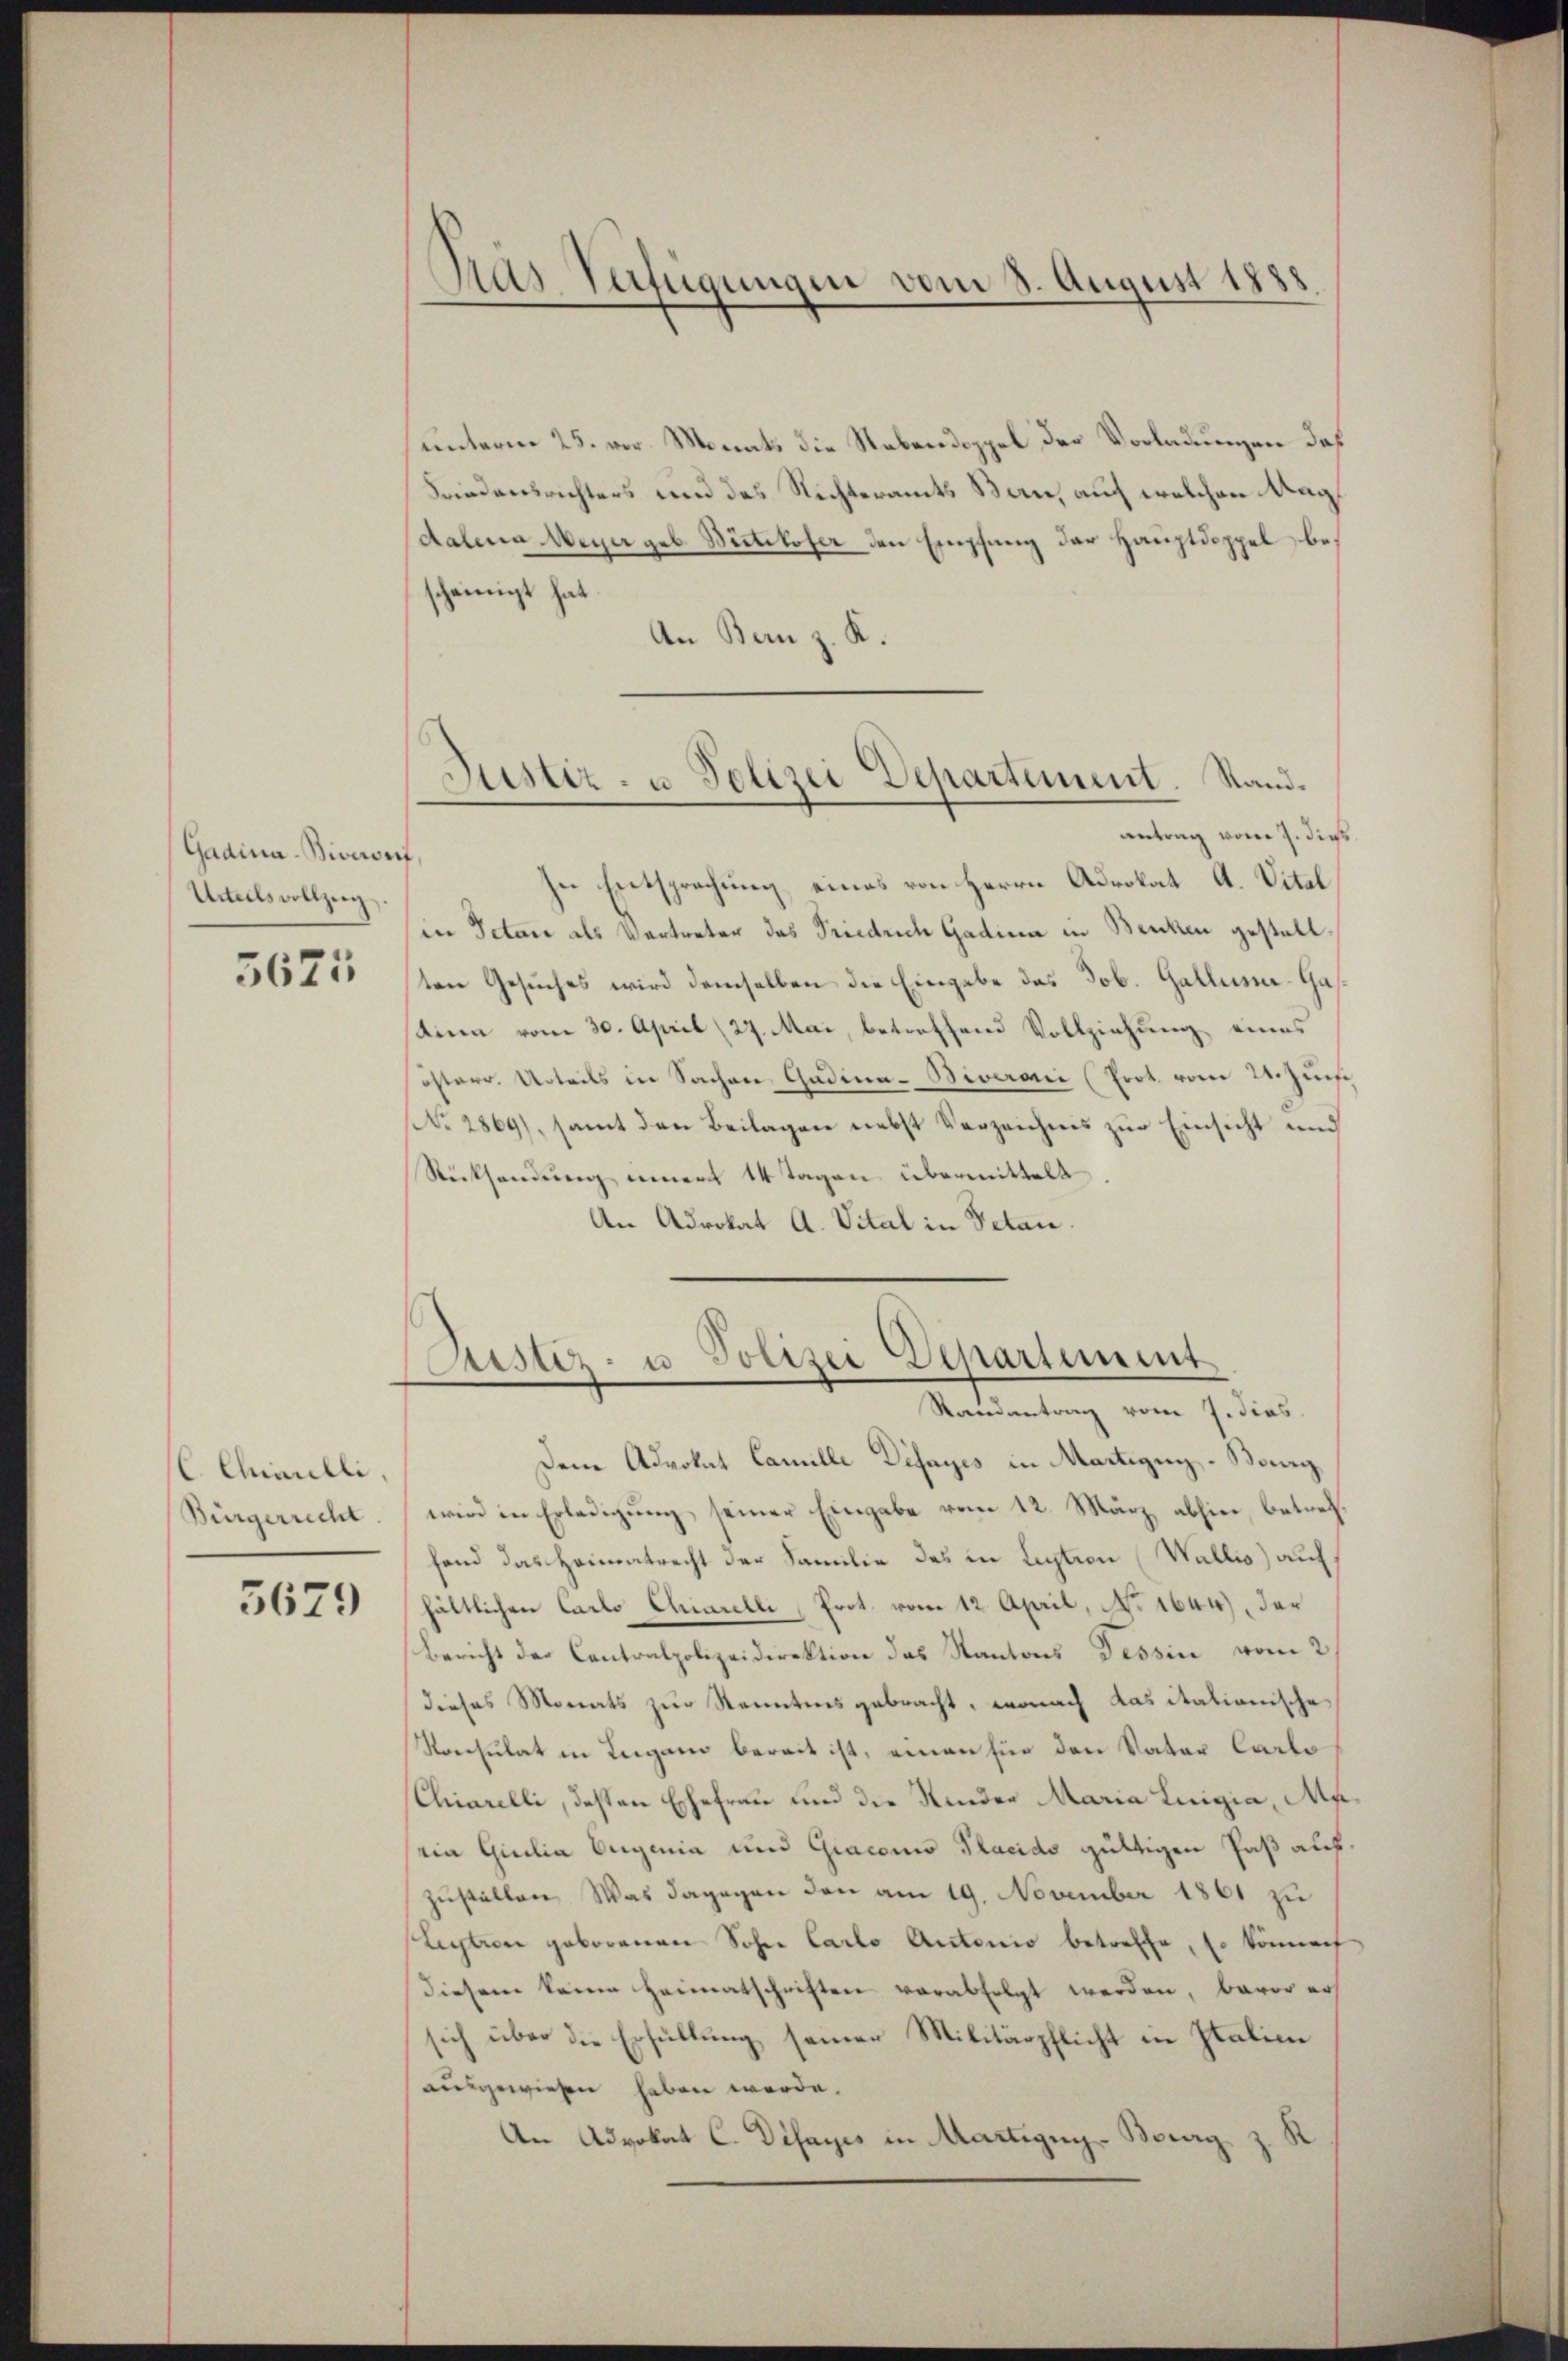
Gadina-Biveorf,
Urteils vollzug
5625

unterm 25. vor. Monats die Nebendoppel der Vorladungen daß
Friedensrichters und des Nichteramts Bau, auch welchen Magdalena Meyer geb. Bietikofer den Empfang der Hauptdoppel bescheinigt hat
An Bern z. K.
antrag vom 9. dies
In Entsprechung eines von Herrn Advokat A. Vital
in Petari als Vertreter das Friedrich Gadina in Benken gestellten Gesuches wird demselben die Eingabe des Job. Gallime-Gasstina vom 30. April (27. Mai, betreffend Vollziehung eines
österr. Urteils in Sachen Gadina-Biverarii (Prot. vom 22. Zunf
No 2869), samt den Beilagen nebst Verzeichnis zur Einsicht und
Rücksendung innert 14 Tagen übermittelt
An Advokat A. Vital in Petan.

C. Chiarelli

Pas Verfügungen vom 8. August 1888

Justiz- u. Polizei Departement. Stand.

Justiz- u. Polizei Departement
Randantrag vom 7. dies

Den Advokat Camille Disayes in Martigung - Bay
Bürgerrecht wird in Erledigung seiner Eingabe vom 12. März abhin, betreffand das Heimatrecht der Familie des in Lection (Wallis) auf
567. hältlichen Carlo Chiarelli, Prot. vom 12. April, No 1644), der
Bericht der Contralpolizeidirektion des Kantons Tessin vom 2
dieses Monats zur Kenntnis gebracht, wonach das italianische
Konsulat in Lugano bereit ist, einen für den Vater Carto
Chiarelli, deßen Ehefrau und die Kinder Maria Luigia, Muria Giulia Eugenia und Giacomo Placido gültigen Paß auszustellen. Was dagegen den am 19. November 1861 zu
Lection geborenen Sohne Carlo Antonio betreffe, so können,
diesem keine Heimatschriften verabfolgt werden, baror ers
sich über die Erfüllung seiner Militärpflicht in Italien
ausgewiesen haben werde.
An Advokat C. Disayes in Martigung- Bourg z. R